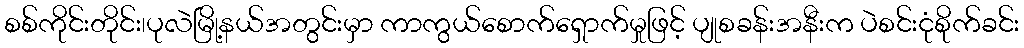
စစ်ကိုင်းတိုင်း၊ပုလဲမြို့နယ်အတွင်းမှာ ကာကွယ်စောက်ရှောက်မှုဖြင့် ပျုစခန်းအနီးက ပဲစင်းငုံစိုက်ခင်း